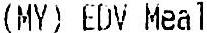
(MY) EDV MEAL